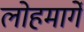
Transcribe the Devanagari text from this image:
लोहमार्गे